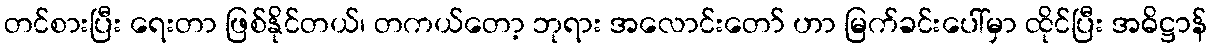
တင်စားပြီး ရေးတာ ဖြစ်နိုင်တယ်၊ တကယ်တော့ ဘုရား အလောင်းတော် ဟာ မြက်ခင်းပေါ်မှာ ထိုင်ပြီး အဓိဋ္ဌာန်